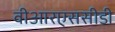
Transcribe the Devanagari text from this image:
वीआरएससीडी